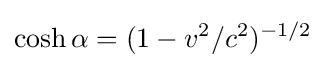
\cosh \alpha =(1-v^{2}/c^{2})^{-1/2}